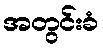
အတွင်းခံ